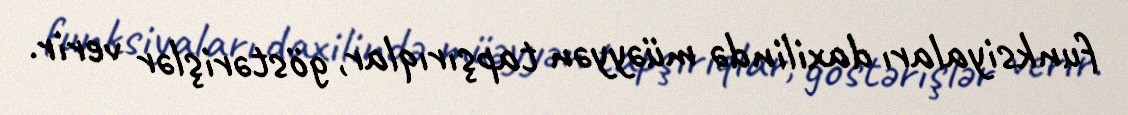
funksiyaları daxilində müəyyən tapşırıqlar, göstərişlər verir.